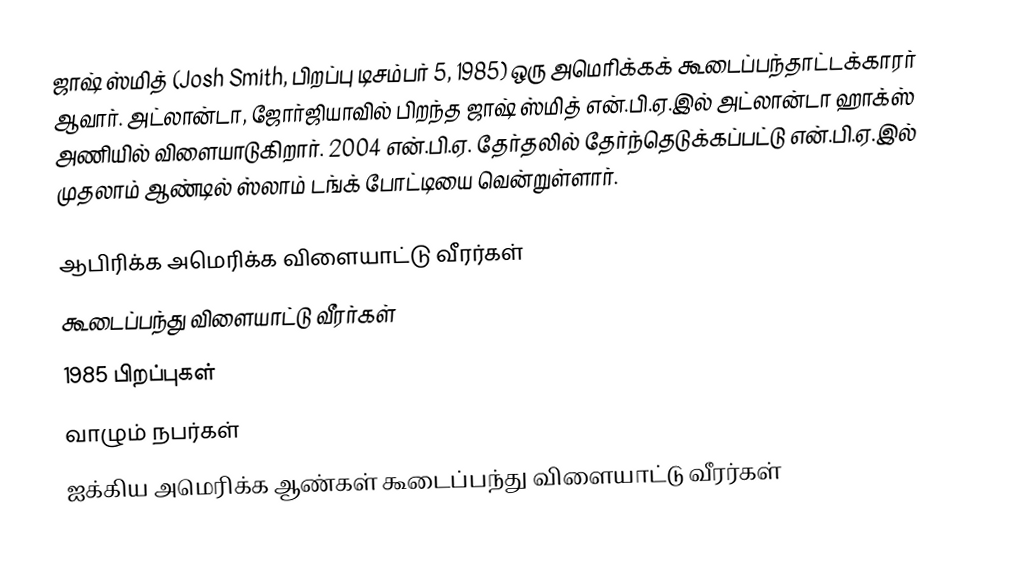
ஜாஷ் ஸ்மித் (Josh Smith, பிறப்பு டிசம்பர் 5, 1985) ஒரு அமெரிக்கக் கூடைப்பந்தாட்டக்காரர் ஆவார். அட்லான்டா, ஜோர்ஜியாவில் பிறந்த ஜாஷ் ஸ்மித் என்.பி.ஏ.இல் அட்லான்டா ஹாக்ஸ் அணியில் விளையாடுகிறார். 2004 என்.பி.ஏ. தேர்தலில் தேர்ந்தெடுக்கப்பட்டு என்.பி.ஏ.இல் முதலாம் ஆண்டில் ஸ்லாம் டங்க் போட்டியை வென்றுள்ளார்.

ஆபிரிக்க அமெரிக்க விளையாட்டு வீரர்கள்
கூடைப்பந்து விளையாட்டு வீரர்கள்
1985 பிறப்புகள்
வாழும் நபர்கள்
ஐக்கிய அமெரிக்க ஆண்கள் கூடைப்பந்து விளையாட்டு வீரர்கள்